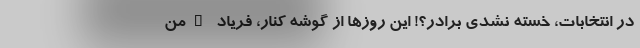
در انتخابات‌، خسته نشدی برادر؟! این روزها از گوشه کنار، فریاد "من